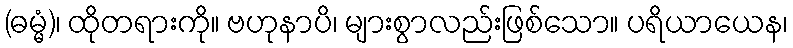
(ဓမ္မံ)၊ ထိုတရားကို။ ဗဟုနာပိ၊ များစွာလည်းဖြစ်သော။ ပရိယာယေန၊